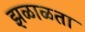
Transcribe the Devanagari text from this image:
झळाळता